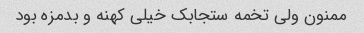
ممنون ولی تخمه ستجابک خیلی کهنه و بدمزه بود